Report on horse surra - Volume II, Part I
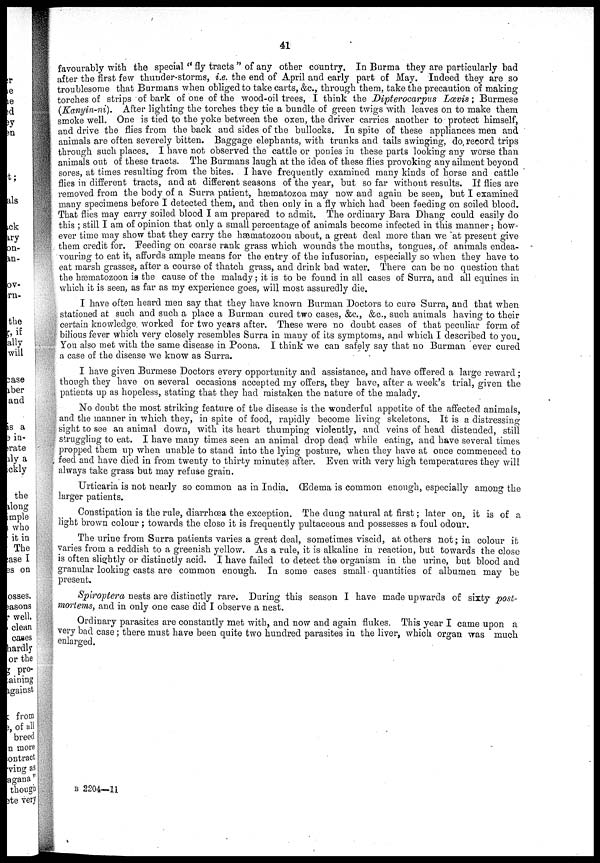
41
favourably with the special " fly tracts " of any other country. In Burma they are particularly bad
after the first few thunder-storms, i.e. the end of April and early part of May. Indeed they are so
troublesome that Burmans when obliged to take carts, &c., through them, take the precaution of making
torches of strips of bark of one of the wood-oil trees, I think the Dipterocarpus
Lœvis ; Burmese
(Kanyin-ni).
After lighting the torches they tie a bundle of green twigs with leaves on to make them
smoke well. One is tied to the yoke between the oxen, the driver carries another to protect himself,
and drive the flies from the back and sides of the bullocks. In spite of these appliances men and
animals are often severely bitten. Baggage elephants, with trunks and tails swinging, do record trips
through such places. I have not observed the cattle or ponies in these parts looking any worse than
animals out of these tracts. The Burmans laugh at the idea of these flies provoking any ailment beyond
sores, at times resulting from the bites. I have frequently examined many kinds of horse and cattle
flies in different tracts, and at different seasons of the year, but so far without results. If flies are
removed from the body of a Surra patient, hæmatozoa may now and again be seen, but I examined
many specimens before I detected them, and then only in a fly which had been feeding on soiled blood.
That flies may carry soiled blood I am prepared to admit. The ordinary Bara Dhang could easily do
this ; still I am of opinion that only a small percentage of animals become infected in this manner; how-
ever time may show that they carry the hæmatozoon about, a great deal more than we at present give
them credit for. Feeding on coarse rank grass which wounds the mouths, tongues, of animals endea-
vouring to eat it, affords ample means for the entry of the infusorian, especially so when they have to
eat marsh grasses, after a course of thatch grass, and drink bad water. There can be no question that
the hæmatozoon is the cause of the malady ; it is to be found in all cases of Surra, and all equines in
which it is seen, as far as my experience goes, will most assuredly die.
I have often heard men say that they have known Burman Doctors to cure Surra, and that when
stationed at such and such a place a Burman cured two cases, &c., &c., such animals having to their
certain knowledge worked for two years after. These were no doubt cases of that peculiar form of
bilious fever which very closely resembles Surra in many of its symptoms, and which I described to you.
You also met with the same disease in Poona. I think we can safely say that no Burman ever cured
a case of the disease we know as Surra.
I have given Burmese Doctors every opportunity and assistance, and have offered a large reward ;
though they have on several occasions accepted my offers, they have, after a week's trial, given the
patients up as hopeless, stating that they had mistaken the nature of the malady.
No doubt the most striking feature of the disease is the wonderful appetite of the affected animals,
and the manner in which they, in spite of food, rapidly become living skeletons. It is a distressing
sight to see an animal down, with its heart thumping violently, and veins of head distended, still
struggling to eat. I have many times seen an animal drop dead while eating, and have several times
propped them up when unable to stand into the lying posture, when they have at once commenced to
feed and have died in from twenty to thirty minutes after. Even with very high temperatures they will
always take grass but may refuse grain.
Urticaria is not nearly so common as in India. Œdema is common enough, especially among the
larger patients.
Constipation is the rule, diarrhœa the exception. The dung natural at first ; later on, it is of a
light brown colour ; towards the close it is frequently pultaceous and possesses a foul odour.
The urine from Surra patients varies a great deal, sometimes viscid, at others not; in colour it
varies from a reddish to a greenish yellow. As a rule, it is alkaline in reaction, but towards the close
is often slightly or distinctly acid. I have failed to detect the organism in the urine, but blood and
granular looking casts are common enough. In some cases small quantities of albumen may be
present.
Spiroptera nests are distinctly rare. During this season I have made upwards of sixty post-
mortems, and in only one case did I observe a nest.
Ordinary parasites are constantly met with, and now and again flukes. This year I came upon a
very bad case ; there must have been quite two hundred parasites in the liver, which organ was much
enlarged.
B 2204—11